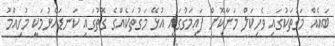
ބައެއް މަގުތަކުގައި ވެހިކަލް މަނާކޮށް ފައިމަގުގައި އުޅޭ މަގުތަކެއްގެ ގޮތުގައި ކަނޑައެޅުމަކީ މުހިއްމު